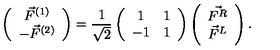
\left( \begin{array} { c } { \vec { F } ^ { ( 1 ) } } \\ { - \vec { F } ^ { ( 2 ) } } \\ \end{array} \right) = \frac { 1 } { \sqrt { 2 } } \left( \begin{array} { c c } { 1 } & { 1 } \\ { - 1 } & { 1 } \\ \end{array} \right) \left( \begin{array} { c } { \vec { F ^ { R } } } \\ { \vec { F } ^ { L } } \\ \end{array} \right) .